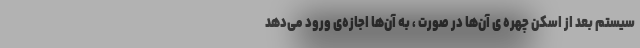
سیستم بعد از اسکن چهره ی آن‌ها در صورت ، به آن‌ها اجازه‌ی ورود می‌دهد